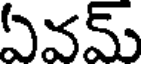
ఏవమ్